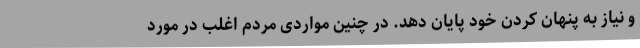
و نیاز به پنهان کردن خود پایان دهد. در چنین مواردی مردم اغلب در مورد